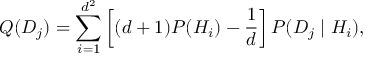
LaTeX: Q ( D _ { j } ) = \sum _ { i = 1 } ^ { d ^ { 2 } } \left[ ( d + 1 ) P ( H _ { i } ) - { \frac { 1 } { d } } \right] P ( D _ { j } \mid H _ { i } ) ,